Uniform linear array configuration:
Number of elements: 16
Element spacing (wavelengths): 0.75
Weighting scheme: uniform
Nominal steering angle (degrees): -60
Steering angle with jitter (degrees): -59.249
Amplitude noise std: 0.05
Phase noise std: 0.05

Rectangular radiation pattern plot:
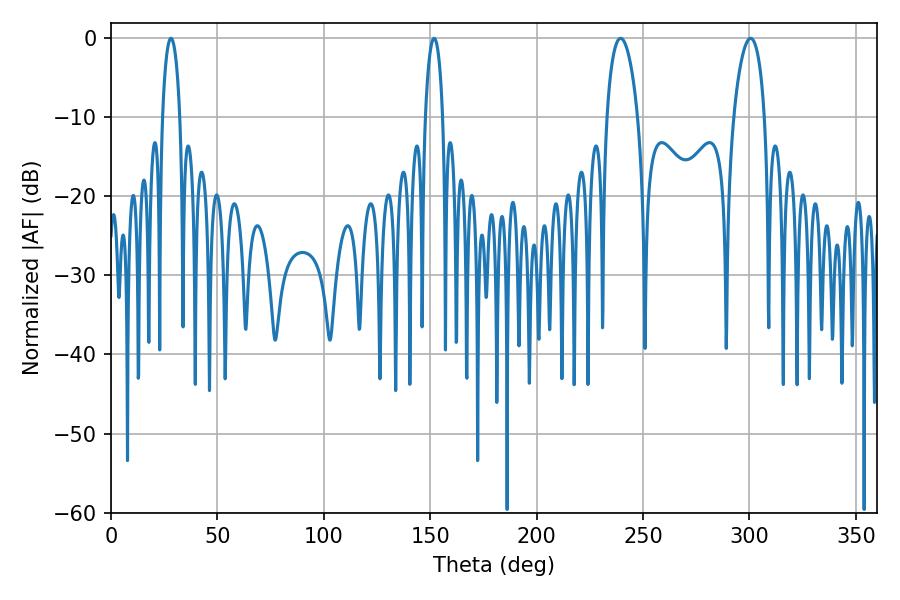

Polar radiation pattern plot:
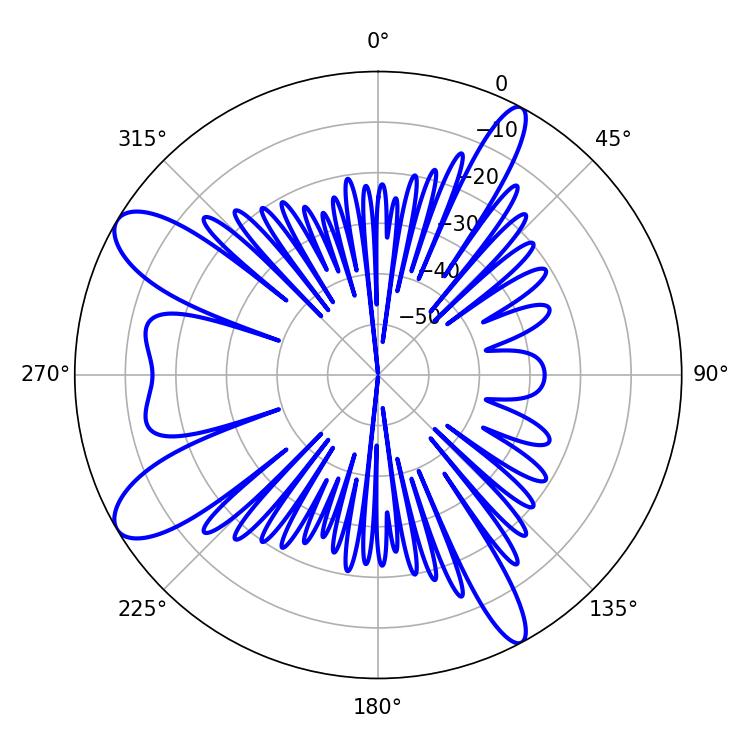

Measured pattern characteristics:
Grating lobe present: TRUE
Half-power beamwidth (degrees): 8.28
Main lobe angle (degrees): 239.4